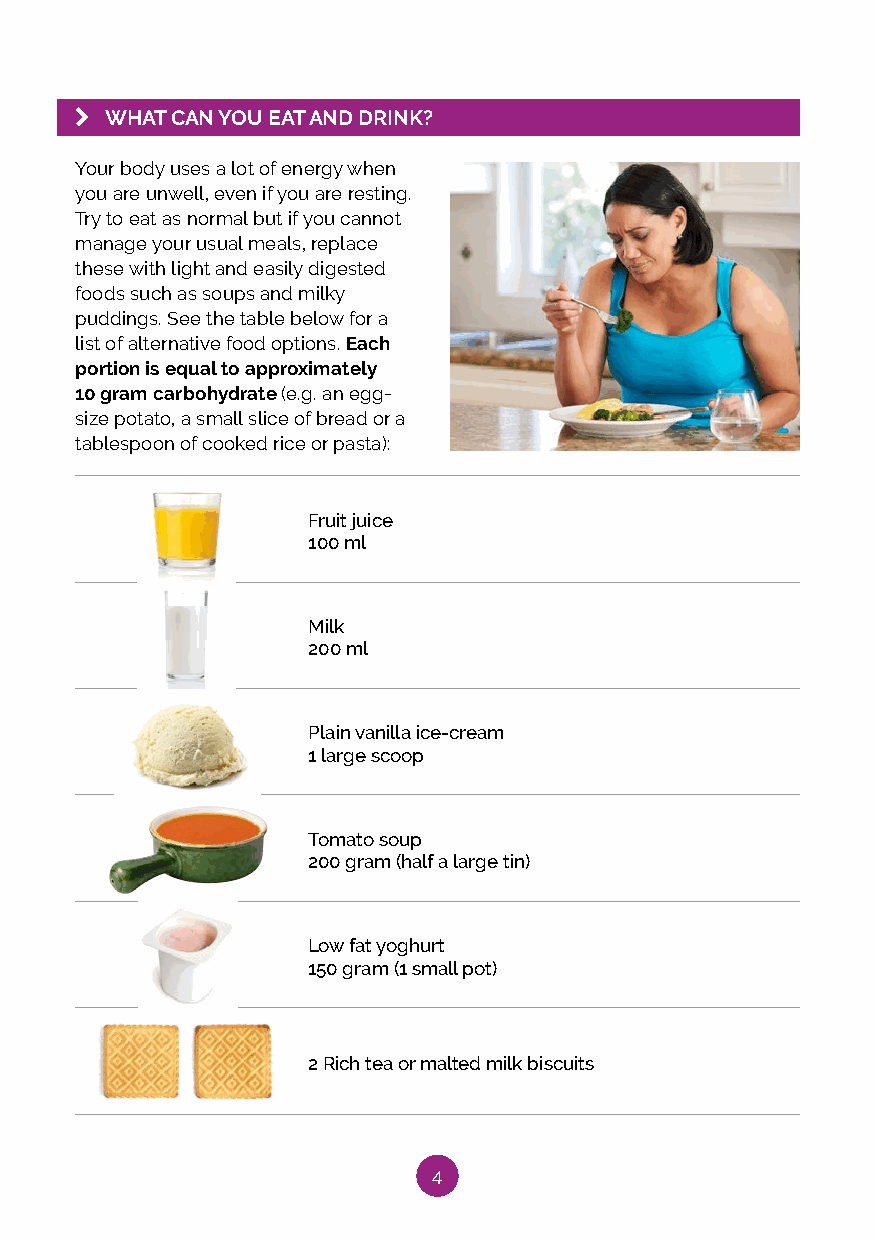
k WHAT CAN YOU EAT AND DRINK?
 Your body uses a lot of energy when
 you are unwell, even if you are resting.
 Try to eat as normal but if you cannot
 manage your usual meals, replace
 these with light and easily digested
 foods such as soups and milky
 puddings. See the table below for a
 list of alternative food options. Each
 portion is equal to approximately
 10 gram carbohydrate (e.g. an egg-
 size potato, a small slice of bread or a
 tablespoon of cooked rice or pasta):
 Fruit juice
 100 ml
 Milk
 200 ml
 Plain vanilla ice-cream
 1 large scoop
 Tomato soup
 200 gram (half a large tin)
 Low fat yoghurt
 150 gram (1 small pot)
 2 Rich tea or malted milk biscuits
 4